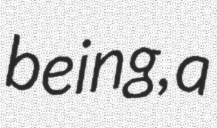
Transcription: being, a